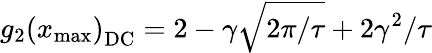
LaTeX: g_{2}\left(x_{\mathrm{max}}\right)_{\mathrm{DC}}=2-\gamma\sqrt{2\pi/\tau}+2\gamma^{2}/\tau